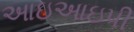
આઇઆઇપી